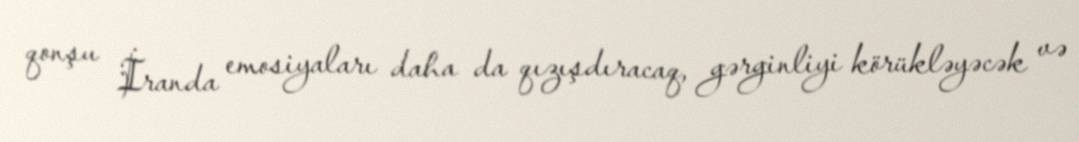
qonşu İranda emosiyaları daha da qızışdıracaq, gərginliyi körükləyəcək və